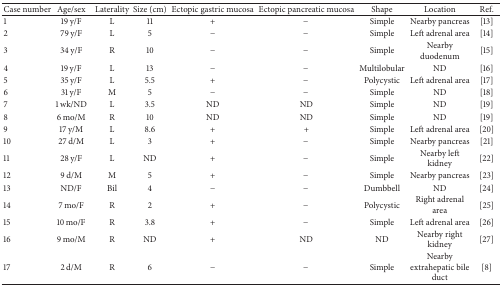
<table><thead><tr><td><b>Case number</b></td><td><b>Age/sex</b></td><td><b>Laterality</b></td><td><b>Size (cm)</b></td><td><b>Ectopic gastric mucosa</b></td><td><b>Ectopic pancreatic mucosa</b></td><td><b>Shape</b></td><td><b>Location</b></td><td><b>Ref.</b></td></tr></thead><tbody><tr><td>1</td><td>19 y/F</td><td>L</td><td>11</td><td>+</td><td>−</td><td>Simple</td><td>Nearby pancreas</td><td>[13]</td></tr><tr><td>2</td><td>79 y/F</td><td>L</td><td>5</td><td>−</td><td>−</td><td>Simple</td><td>Left adrenal area</td><td>[14]</td></tr><tr><td>3</td><td>34 y/F</td><td>R</td><td>10</td><td>−</td><td>−</td><td>Simple</td><td>Nearby duodenum</td><td>[15]</td></tr><tr><td>4</td><td>19 y/F</td><td>L</td><td>13</td><td>−</td><td>−</td><td>Multilobular</td><td>ND</td><td>[16]</td></tr><tr><td>5</td><td>35 y/F</td><td>L</td><td>5.5</td><td>+</td><td>−</td><td>Polycystic</td><td>Left adrenal area</td><td>[17]</td></tr><tr><td>6</td><td>31 y/F</td><td>M</td><td>5</td><td>−</td><td>−</td><td>Simple</td><td>ND</td><td>[18]</td></tr><tr><td>7</td><td>1 wk/ND</td><td>L</td><td>3.5</td><td>ND</td><td>ND</td><td>Simple</td><td>ND</td><td>[19]</td></tr><tr><td>8</td><td>6 mo/M</td><td>R</td><td>10</td><td>ND</td><td>ND</td><td>Simple</td><td>ND</td><td>[19]</td></tr><tr><td>9</td><td>17 y/M</td><td>L</td><td>8.6</td><td>+</td><td>+</td><td>Simple</td><td>Left adrenal area</td><td>[20]</td></tr><tr><td>10</td><td>27 d/M</td><td>L</td><td>3</td><td>+</td><td>−</td><td>Simple</td><td>Nearby pancreas</td><td>[21]</td></tr><tr><td>11</td><td>28 y/F</td><td>L</td><td>ND</td><td>+</td><td>−</td><td>Simple</td><td>Nearby left kidney</td><td>[22]</td></tr><tr><td>12</td><td>9 d/M</td><td>M</td><td>5</td><td>+</td><td>−</td><td>Simple</td><td>Nearby pancreas</td><td>[23]</td></tr><tr><td>13</td><td>ND/F</td><td>Bil</td><td>4</td><td>−</td><td>−</td><td>Dumbbell</td><td>ND</td><td>[24]</td></tr><tr><td>14</td><td>7 mo/F</td><td>R</td><td>2</td><td>+</td><td>−</td><td>Polycystic</td><td>Right adrenal area</td><td>[25]</td></tr><tr><td>15</td><td>10 mo/F</td><td>R</td><td>3.8</td><td>+</td><td>−</td><td>Simple</td><td>Left adrenal area</td><td>[26]</td></tr><tr><td>16</td><td>9 mo/M</td><td>R</td><td>ND</td><td>+</td><td>ND</td><td>ND</td><td>Nearby right kidney</td><td>[27]</td></tr><tr><td>17</td><td>2 d/M</td><td>R</td><td>6</td><td>−</td><td>−</td><td>Simple</td><td>Nearby extrahepatic bile duct</td><td>[8]</td></tr></tbody></table>